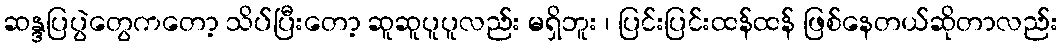
ဆန္ဒပြပွဲတွေကတော့ သိပ်ပြီးတော့ ဆူဆူပူပူလည်း မရှိဘူး ၊ ပြင်းပြင်းထန်ထန် ဖြစ်နေတယ်ဆိုတာလည်း